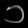
Digit: ၁